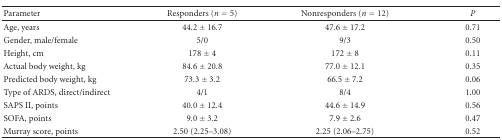
| Parameter | Responders (n = 5) | Nonresponders (n = 12) | P |
 | --- | --- | --- | --- |
 | Age, years | 44.2 ± 16.7 | 47.6 ± 17.2 | 0.71 |
 | Gender, male/female | 5/0 | 9/3 | 0.50 |
 | Height, cm | 178 ± 4 | 172 ± 8 | 0.11 |
 | Actual body weight, kg | 84.6 ± 20.8 | 77.0 ± 12.1 | 0.35 |
 | Predicted body weight, kg | 73.3 ± 3.2 | 66.5 ± 7.2 | 0.06 |
 | Type of ARDS, direct/indirect | 4/1 | 8/4 | 1.00 |
 | SAPS II, points | 40.0 ± 12.4 | 44.6 ± 14.9 | 0.56 |
 | SOFA, points | 9.0 ± 3.2 | 7.9 ± 2.6 | 0.47 |
 | Murray score, points | 2.50 (2.25–3.08) | 2.25 (2.06–2.75) | 0.52 |